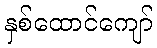
နှစ်ထောင်ကျော်